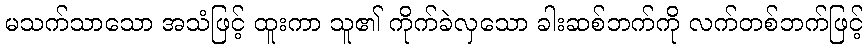
မသက်သာသော အသံဖြင့် ထူးကာ သူ၏ ကိုက်ခဲလှသော ခါးဆစ်ဘက်ကို လက်တစ်ဘက်ဖြင့်